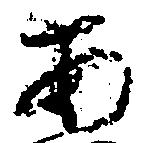
あ